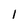
Character: 1